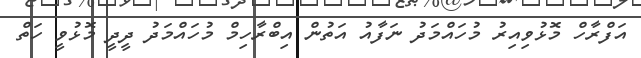
އަފްރާހް މޮޅުވިއިރު މުހައްމަދު ނަފާއު އަތުން އިބްރާހިމް މުހައްމަދު ދީދީ މޮޅުވީ ހަތް